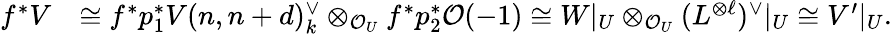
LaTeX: \begin{array}{rl}{f^{*}V}&{\cong f^{*}p_{1}^{*}V(n,n+d)_{k}^{\vee}\otimes_{{\mathcal{O}}_{U}}f^{*}p_{2}^{*}{\mathcal{O}}(-1)\cong W|_{U}\otimes_{{\mathcal{O}}_{U}}(L^{\otimes\ell})^{\vee}|_{U}\cong V^{\prime}|_{U}.}\end{array}